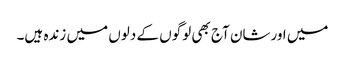
میں اورشان آج بھی لوگوں کے دلوں میں زندہ ہیں۔